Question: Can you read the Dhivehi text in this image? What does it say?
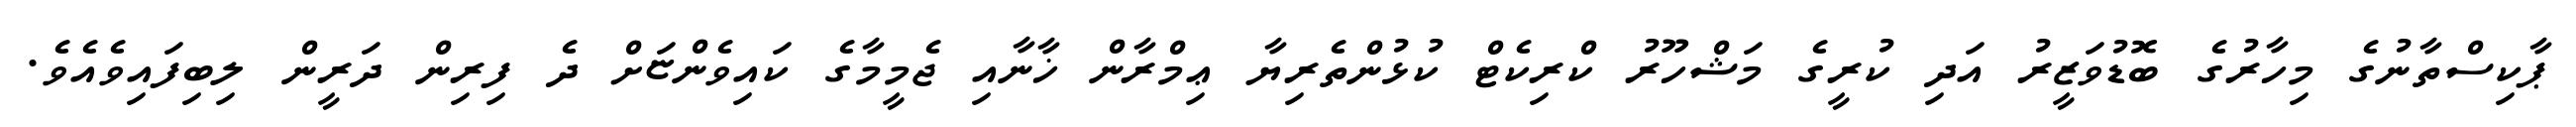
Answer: ޕާކިސްތާނުގެ މިހާރުގެ ބޮޑުވަޒީރު އަދި ކުރީގެ މަޝްހޫރު ކްރިކެޓް ކުޅުންތެރިޔާ ޢިމްރާން ޚާނާއި ޖެމީމާގެ ކައިވެންޏަށް ދެ ފިރިން ދަރީން ލިބިފައިވެއެވެ.